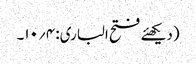
(دیکھئے فتح الباری: ۴؍۱۰۔